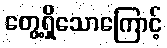
တွေ့ရှိသောကြောင့်